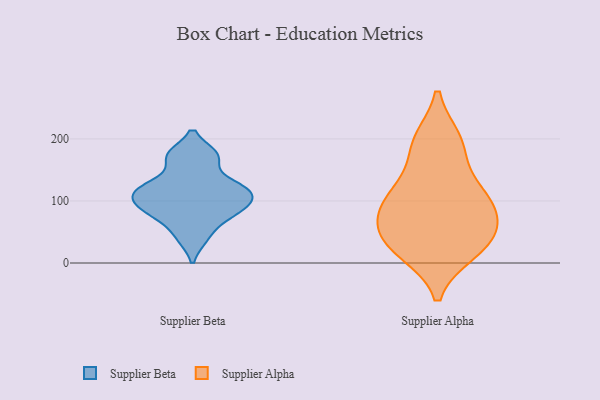
{"axis": {"x": "Latency (ms)", "y": "Value"}, "legend": ["Supplier Alpha", "Supplier Beta"], "data": [{"x": "", "y": 125, "type": "Supplier Beta"}, {"x": "", "y": 84, "type": "Supplier Beta"}, {"x": "", "y": 172, "type": "Supplier Beta"}, {"x": "", "y": 41, "type": "Supplier Beta"}, {"x": "", "y": 173, "type": "Supplier Beta"}, {"x": "", "y": 118, "type": "Supplier Beta"}, {"x": "", "y": 102, "type": "Supplier Beta"}, {"x": "", "y": 74, "type": "Supplier Beta"}, {"x": "", "y": 96, "type": "Supplier Beta"}, {"x": "", "y": 122, "type": "Supplier Beta"}, {"x": "", "y": 197, "type": "Supplier Alpha"}, {"x": "", "y": 19, "type": "Supplier Alpha"}, {"x": "", "y": 123, "type": "Supplier Alpha"}, {"x": "", "y": 85, "type": "Supplier Alpha"}, {"x": "", "y": 189, "type": "Supplier Alpha"}, {"x": "", "y": 107, "type": "Supplier Alpha"}, {"x": "", "y": 43, "type": "Supplier Alpha"}, {"x": "", "y": 26, "type": "Supplier Alpha"}, {"x": "", "y": 89, "type": "Supplier Alpha"}, {"x": "", "y": 50, "type": "Supplier Alpha"}]}